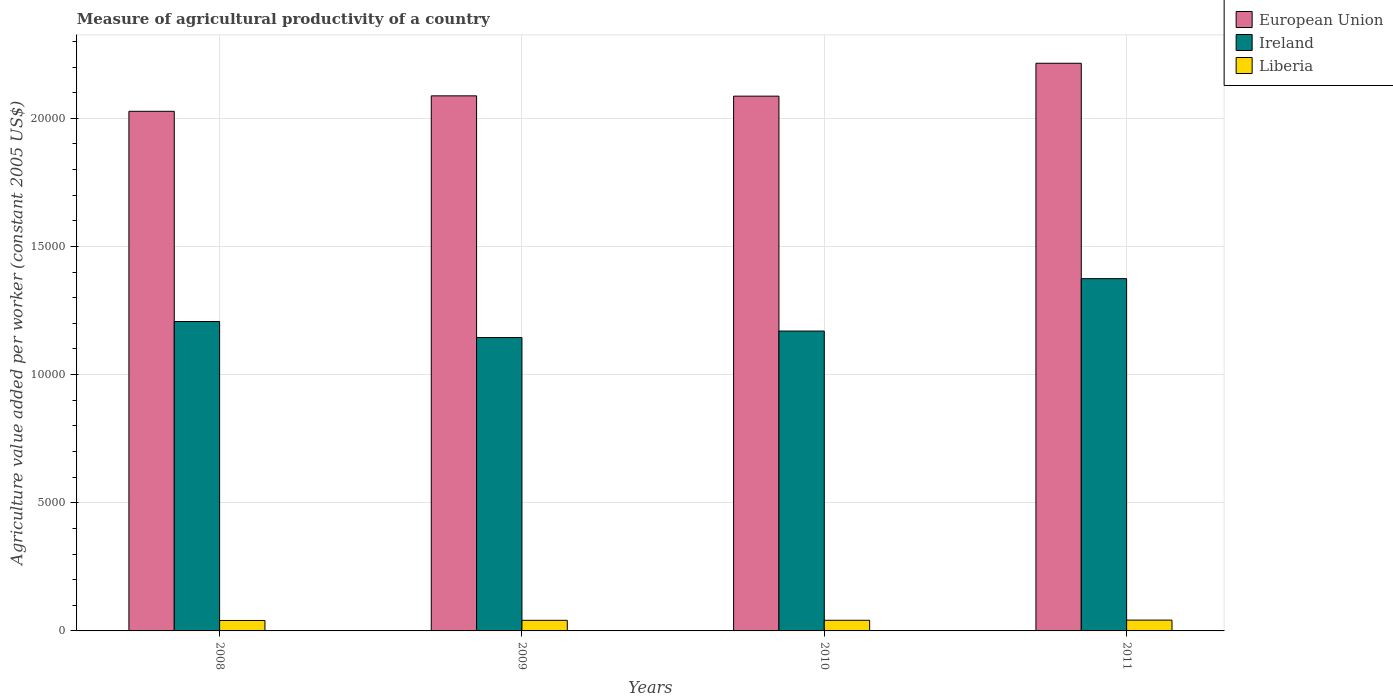
| Years | European Union | Ireland | Liberia |
 | --- | --- | --- | --- |
 | 2008 | 2.03e+04 | 1.21e+04 | 408 |
 | 2009 | 2.09e+04 | 1.14e+04 | 414 |
 | 2010 | 2.09e+04 | 1.17e+04 | 416 |
 | 2011 | 2.21e+04 | 1.37e+04 | 422 |